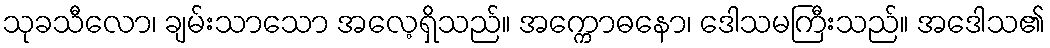
သုခသီလော၊ ချမ်းသာသော အလေ့ရှိသည်။ အက္ကောဓနော၊ ဒေါသမကြီးသည်။ အဒေါသ၏